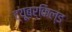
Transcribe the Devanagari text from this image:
ट्यूबर्किल्ड